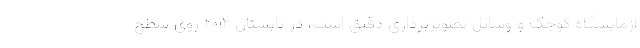
آزمایشگاه کوچک و وسائل تصویربرداری دقیق است، در تابستان ۲۰۱۲ روی سطح